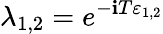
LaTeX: \lambda_{1,2}=e^{-\mathbf{i}T\varepsilon_{1,2}}